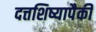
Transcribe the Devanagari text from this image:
दत्तशिष्यापैकी